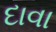
દાવા